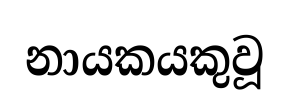
නායකයකුවූ